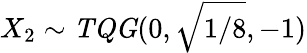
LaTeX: X_{2}\sim\mathit{TQG}(0,\sqrt{{1}/{8}},-1)